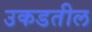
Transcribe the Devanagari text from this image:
उकडतील